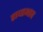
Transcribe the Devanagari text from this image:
राधाभाव